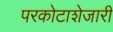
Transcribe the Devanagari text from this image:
परकोटाशेजारी